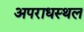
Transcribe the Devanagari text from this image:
अपराधस्थल